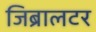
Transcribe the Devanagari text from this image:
जिब्रालटर